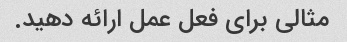
مثالی برای فعل عمل ارائه دهید.